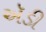
ઍડી